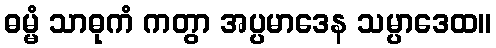
ဓမ္မံ သာဓုကံ ကတွာ အပ္ပမာဒေန သမ္ပာဒေထ။